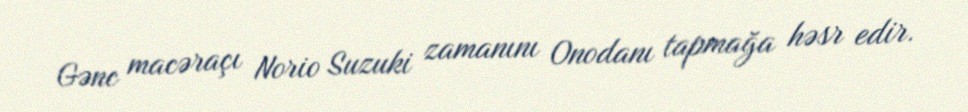
Gənc macəraçı Norio Suzuki zamanını Onodanı tapmağa həsr edir.